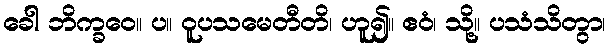
ခေါ ဘိက္ခဝေ။ ပ။ ဝူပသမေတီတိ၊ ဟူ၍။ ဧဝံ၊ သို့။ ပသံသိတွာ၊